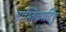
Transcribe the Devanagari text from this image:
नास्तिकादिषु